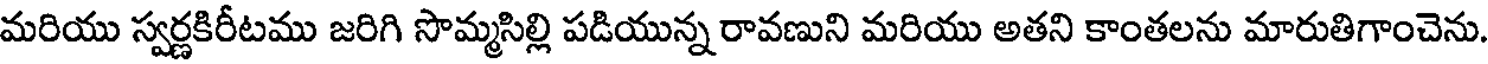
మరియు స్వర్ణకిరీటము జరిగి సొమ్మసిల్లి పడియున్న రావణుని మరియు అతని కాంతలను మారుతిగాంచెను